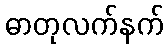
ဓာတုလက်နက်